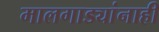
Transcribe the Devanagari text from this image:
मालगाड्यांनाही